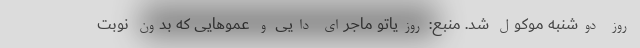
روز دوشنبه موکول شد. منبع: روزیاتو ماجرای دایی و عموهایی که بدون نوبت